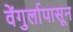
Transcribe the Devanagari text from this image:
वेंगुर्लापासून